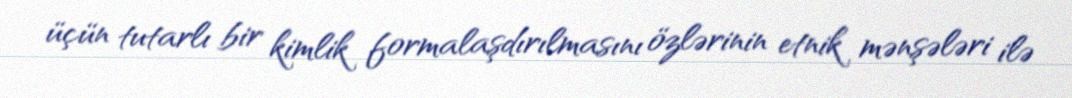
üçün tutarlı bir kimlik formalaşdırılmasını özlərinin etnik mənşələri ilə